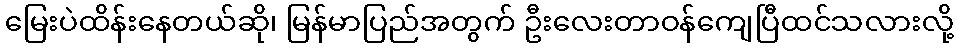
မြေးပဲထိန်းနေတယ်ဆို၊ မြန်မာပြည်အတွက် ဦးလေးတာဝန်ကျေပြီထင်သလားလို့